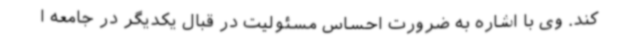
کند. وی با اشاره به ضرورت احساس مسئولیت در قبال یکدیگر در جامعه ا